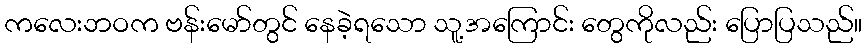
ကလေးဘဝက ဗန်းမော်တွင် နေခဲ့ရသော သူ့အကြောင်း တွေကိုလည်း ပြောပြသည်။